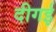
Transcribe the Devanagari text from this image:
दीगई